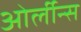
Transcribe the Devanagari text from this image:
ओर्लीन्स